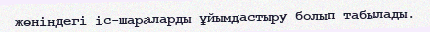
жөніндегі іс-шараларды ұйымдастыру болып табылады.